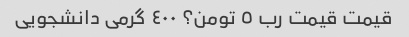
قیمت قیمت رب ٥ تومن؟ ٤٠٠ گرمی دانشجویی